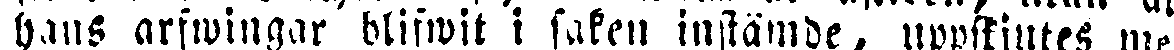
hans arfwingar blifwit i saken instämde, uppskilltes med